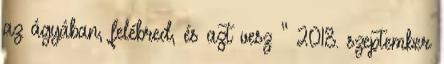
az ágyában, felébred, és azt vesz ” 2018. szeptember